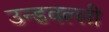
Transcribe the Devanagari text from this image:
उन्डवल्ली